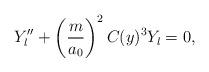
LaTeX: \begin{align*}Y''_l+\left(\frac{m}{a_0}\right)^2 C(y)^3 Y_l = 0, \end{align*}